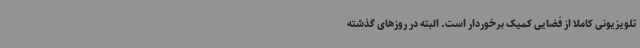
تلویزیونی کاملا از فضایی کمیک برخوردار است. البته در روزهای گذشته